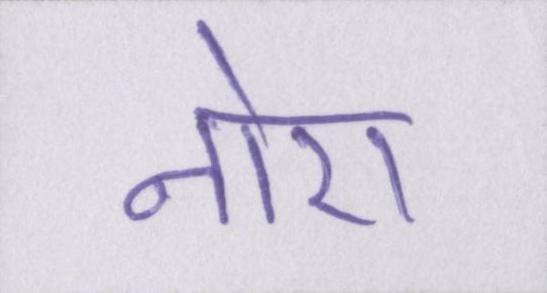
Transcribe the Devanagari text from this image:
नोरा